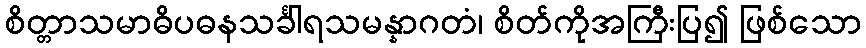
စိတ္တာသမာဓိပဓနသင်္ခါရသမန္နာဂတံ၊ စိတ်ကိုအကြီးပြ၍ ဖြစ်သော